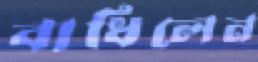
বাধিলেন